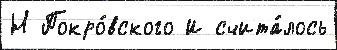
Н Покро́вского И счита́лось